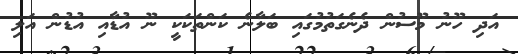
އަދި ހޫނު މޫސުން ދެނެގަތުމުގައި ބަލާނެ ކަންތަކަކީ ނޫ އުޑާއި އުޑުން އަލި